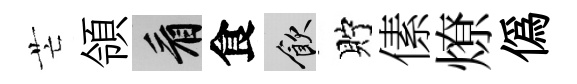
芒領看食飲貯傃燎偽